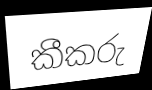
කීකරු